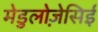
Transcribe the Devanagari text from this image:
मेडुलोज़ेसिई